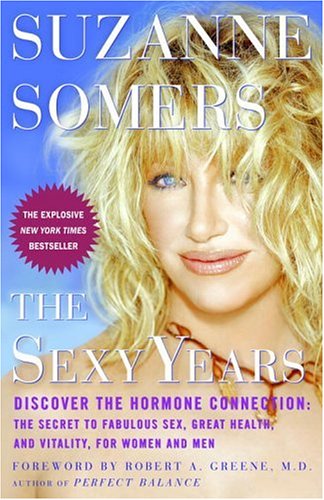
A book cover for The Sexy Years: Discover the Hormone Connection: The Secret to Fabulous Sex, Great Health, and Vitality, for Women and Men; Suzanne Somers; Self-Help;